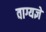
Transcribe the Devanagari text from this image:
वाग्यज्ञे